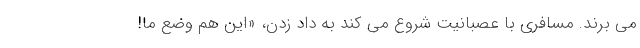
می برند. مسافری با عصبانیت شروع می کند به داد زدن، «این هم وضع ما!